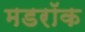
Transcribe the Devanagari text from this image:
मडरॉक